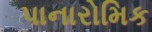
પાનારોમિક